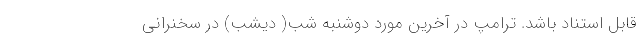
قابل استناد باشد. ترامپ در آخرین مورد دوشنبه شب( دیشب) در سخنرانی